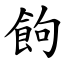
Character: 䬲